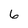
Character: 6